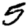
Digit: 5